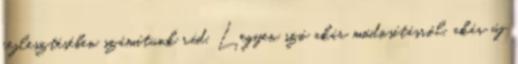
fejlesztésében számítunk rád. Legyen szó akár módosításról, akár új